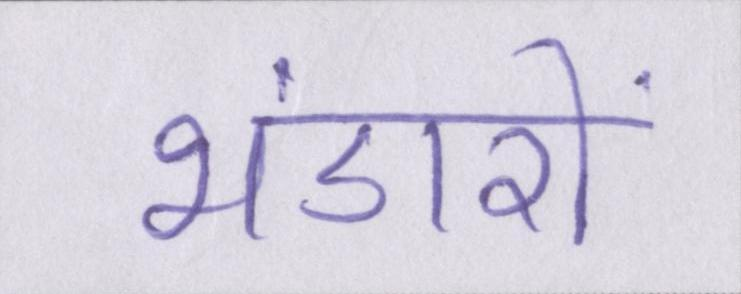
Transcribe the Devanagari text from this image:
भंडारों